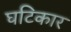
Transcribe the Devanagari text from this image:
घटिकार